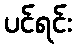
ပင်ရင်း